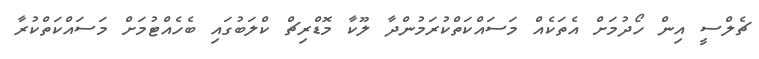
ޗެލްސީ އިން ހޯދުމަށް އެތަކެއް މަސައްކަތްކުރަމުންދާ ލޫކާ މޮޑްރިޗް ކްލަބުގައި ބެހެއްޓުމަށް މަސައްކަތްކުރާ